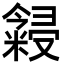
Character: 𬖳